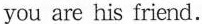
you are his friend.